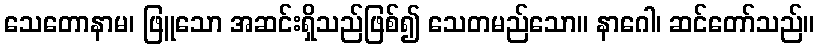
သေတောနာမ၊ ဖြူသော အဆင်းရှိသည်ဖြစ်၍ သေတမည်သော။ နာဂေါ၊ ဆင်တော်သည်။